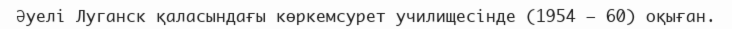
Әуелі Луганск қаласындағы көркемсурет училищесінде (1954 — 60) оқыған.